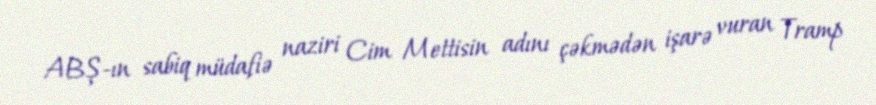
ABŞ-ın sabiq müdafiə naziri Cim Mettisin adını çəkmədən işarə vuran Tramp